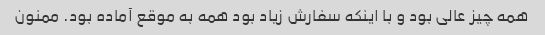
همه چیز عالی بود و با اینکه سفارش زیاد بود همه به موقع آماده بود. ممنون